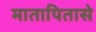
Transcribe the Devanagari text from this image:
मातापितासे